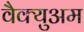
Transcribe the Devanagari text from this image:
वैक्युअम